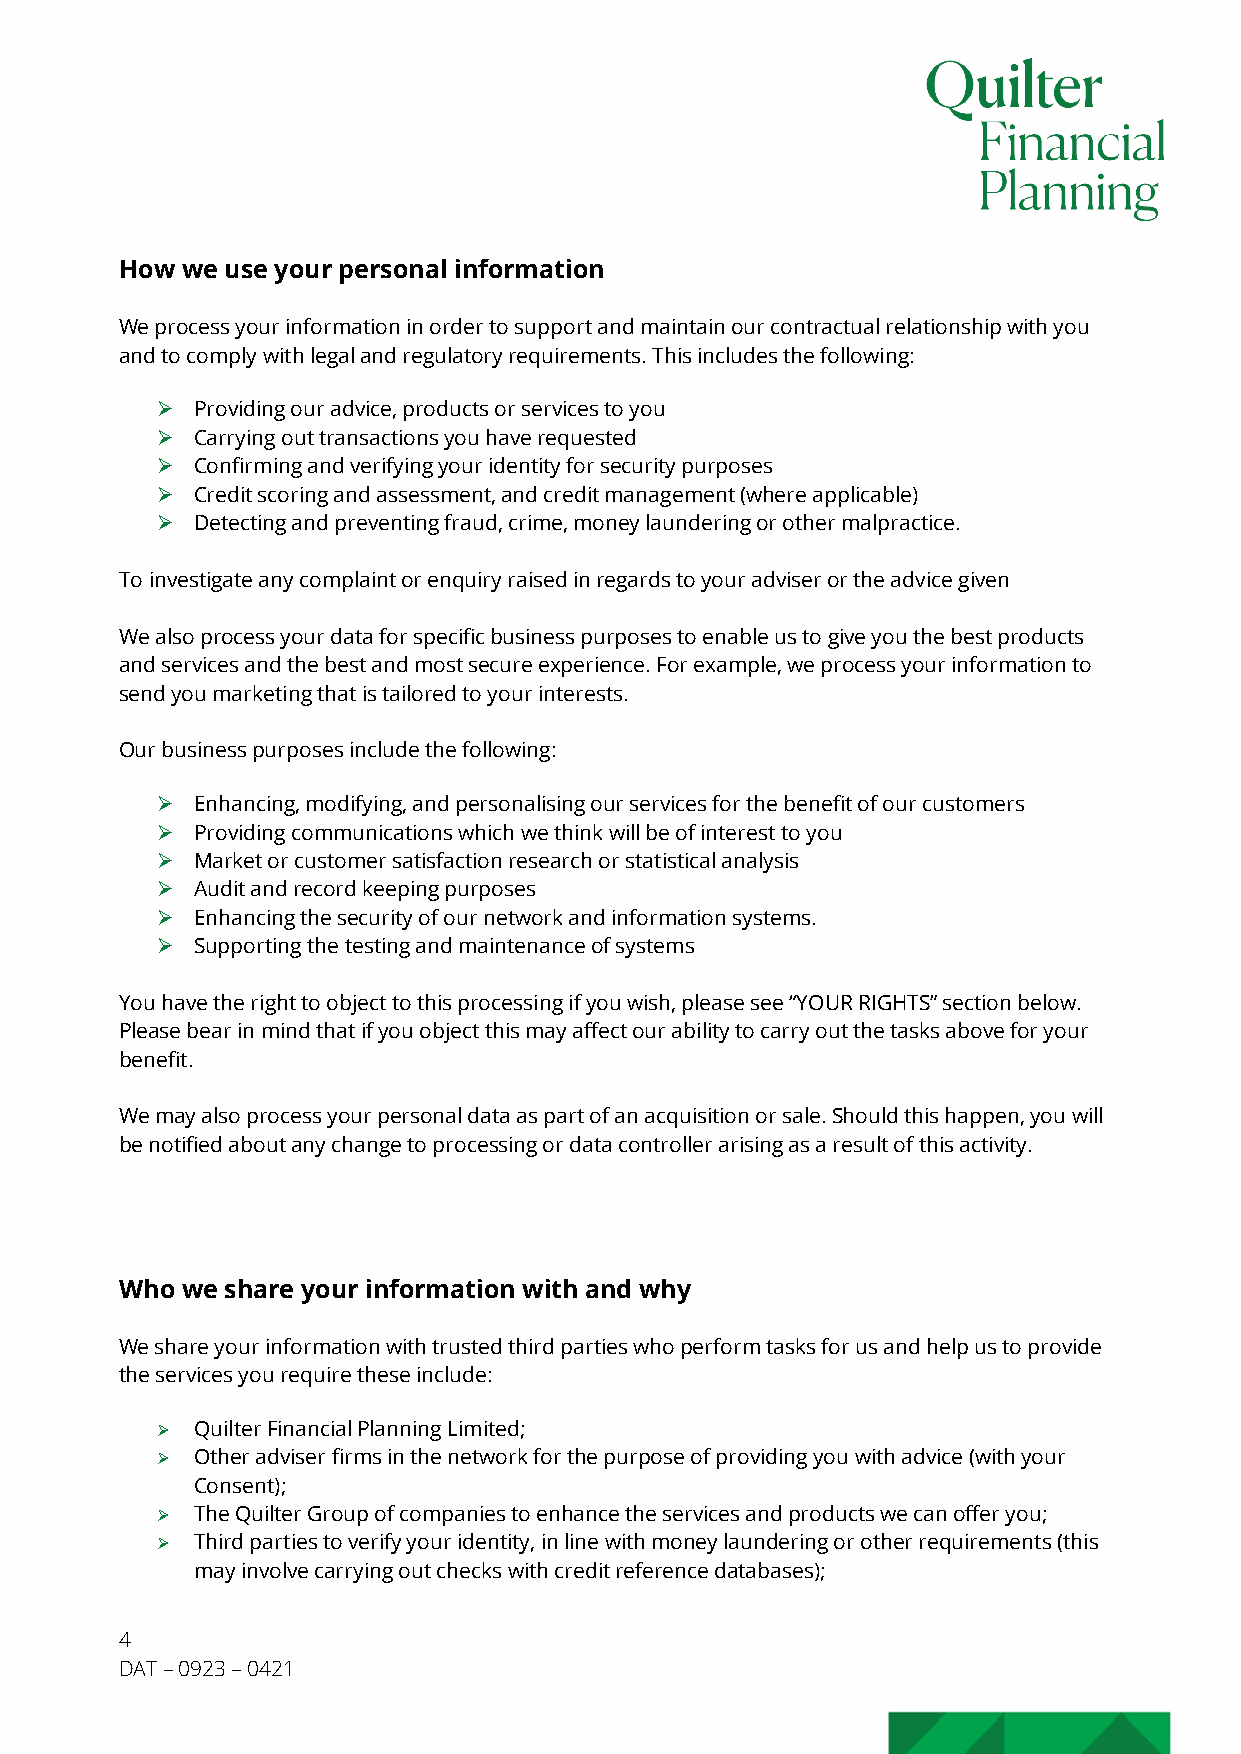
How we use your personal information
 We process your information in order to support and maintain our contractual relationship with you
 and to comply with legal and regulatory requirements. This includes the following:
 Ø  Providing our advice, products or services to you
 Ø  Carrying out transactions you have requested
 Ø  Confirming and verifying your identity for security purposes
 Ø  Credit scoring and assessment, and credit management (where applicable)
 Ø  Detecting and preventing fraud, crime, money laundering or other malpractice.
 To investigate any complaint or enquiry raised in regards to your adviser or the advice given
 We also process your data for specific business purposes to enable us to give you the best products
 and services and the best and most secure experience. For example, we process your information to
 send you marketing that is tailored to your interests.
 Our business purposes include the following:
 Ø  Enhancing, modifying, and personalising our services for the benefit of our customers
 Ø  Providing communications which we think will be of interest to you
 Ø  Market or customer satisfaction research or statistical analysis
 Ø  Audit and record keeping purposes
 Ø  Enhancing the security of our network and information systems.
 Ø  Supporting the testing and maintenance of systems
 You have the right to object to this processing if you wish, please see “YOUR RIGHTS” section below.
 Please bear in mind that if you object this may affect our ability to carry out the tasks above for your
 benefit.
 We may also process your personal data as part of an acquisition or sale. Should this happen, you will
 be notified about any change to processing or data controller arising as a result of this activity.
 Who we share your information with and why
 We share your information with trusted third parties who perform tasks for us and help us to provide
 the services you require these include:
 Ø  Quilter Financial Planning Limited;
 Ø  Other adviser firms in the network for the purpose of providing you with advice (with your
 Consent);
 Ø  The Quilter Group of companies to enhance the services and products we can offer you;
 Ø  Third parties to verify your identity, in line with money laundering or other requirements (this
 may involve carrying out checks with credit reference databases);
 4
 DAT – 0923 – 0421